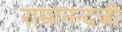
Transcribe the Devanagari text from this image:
रामानन्दजी